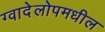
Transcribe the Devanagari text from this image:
ग्वादेलोपमधील